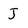
Character: J